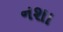
નશા